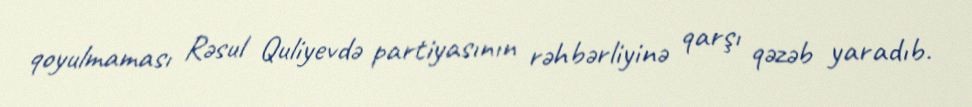
qoyulmaması Rəsul Quliyevdə partiyasının rəhbərliyinə qarşı qəzəb yaradıb.